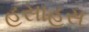
હસાહસ